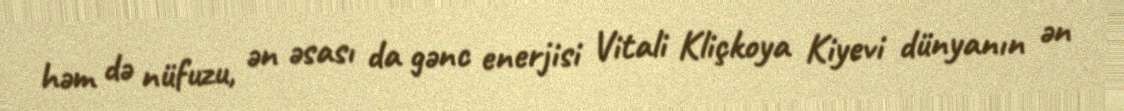
həm də nüfuzu, ən əsası da gənc enerjisi Vitali Kliçkoya Kiyevi dünyanın ən